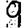
Digit: 9